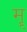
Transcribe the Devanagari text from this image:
मॄ